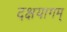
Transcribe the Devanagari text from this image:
दक्षयागम्